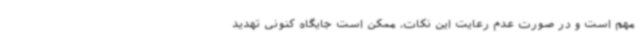
مهم است و در صورت عدم رعایت این نکات، ممکن است جایگاه کنونی تهدید